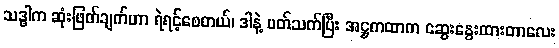
သဒ္ဓါက ဆုံးဖြတ်ချက်ဟာ ရဲရင့်စေတယ်၊ ဒါနဲ့ ပတ်သက်ပြီး အဋ္ဌကထာက ဆွေးနွေးထားတာလေး